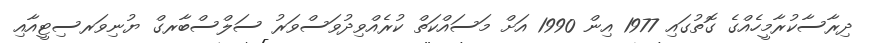
ދިރާސާކުރާމީހެއްގެ ގޮތުގައި 1977 އިން 1990 އަށް މަސައްކަތް ކުރެއްވިދުވަސްވަރު ސަލްސްބާރގް ޔުނިވަރސިޓީއާއި